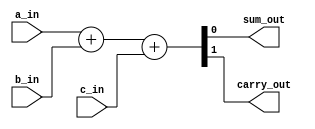
`timescale 1ns / 1ps
//////////////////////////////////////////////////////////////////////////////////
// Company: 
// Engineer: 
// 
// Design Name: 
// Module Name: full_adder_arth
// Project Name: 
// Target Devices: 
// Tool Versions: 
// Description: 
// 
// Dependencies: 
// 
// Revision:
// Revision 0.01 - File Created
// Additional Comments:
// 
//////////////////////////////////////////////////////////////////////////////////


module full_adder_arth (
    input a_in,
    input b_in,
    input c_in,
    output sum_out,
    output carry_out
);
 assign {carry_out, sum_out} = a_in + b_in + c_in;
 

endmodule